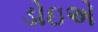
ડોઇએ